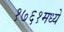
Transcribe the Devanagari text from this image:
१७६१मध्ये